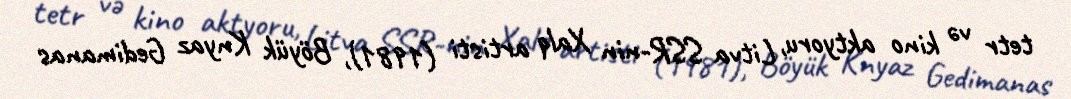
tetr və kino aktyoru, Litva SSR-nin Xalq artisti (1981), Böyük Knyaz Gedimanas